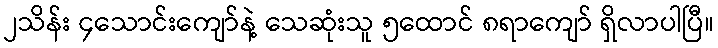
၂သိန်း ၄သောင်းကျော်နဲ့ သေဆုံးသူ ၅ထောင် ၈ရာကျော် ရှိလာပါပြီ။